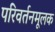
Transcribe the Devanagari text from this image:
परिवर्तनमूलक